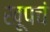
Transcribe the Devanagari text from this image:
खूपचं